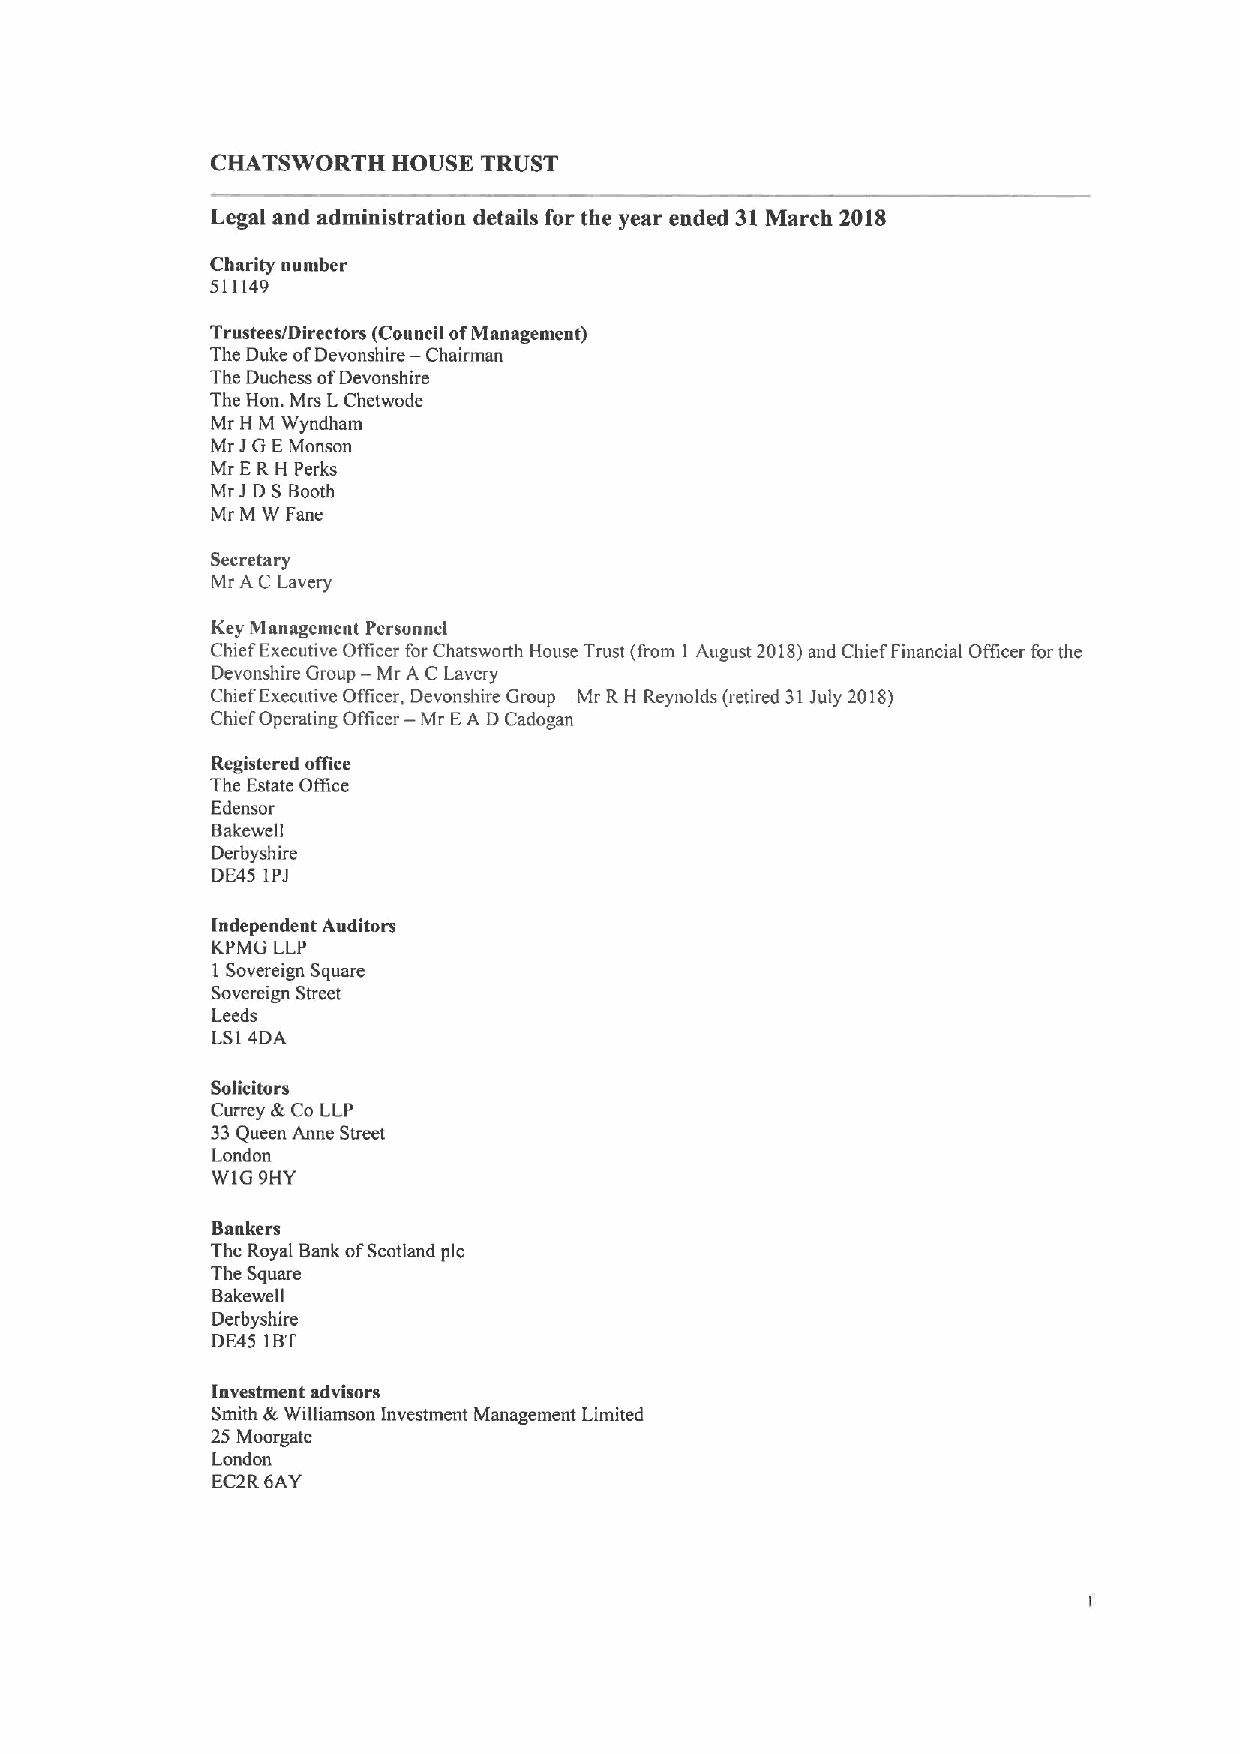
CHATSWORTH  HOUSE TRUST
 Legal and administration details for the year ended 31March 2018
 Charity number
 511149
 Trustees/Directors (Council ofManagement)
 The Duke ofDevonshire — Chairman
 The Duchess ofDevonshire
 The Hon. Mrs LChetwode
 Mr H M Wyndham
 Mr JGEMonson
 Mr ERH Perks
 Mr J D SBooth
 Mr M W Fane
 Secretary
 Mr A C Lavery
 Key Management Personnel
 Chief Executive Officer for Chatsworth House Trust (from 1 August 2018)and Chief Financial Officer for the
 —
 Devonshire Group Mr A C Lavery
 —
 Chief Executive Officer, Devonshire Group Mr RH Reynolds (retired 31July 2018)
 Chief Operating Officer — Mr EA DCadogan
 Registered office
 The Estate Otfice
 Edensor
 Bakewell
 Derbyshire
 DE45 IPJ
 Independent Auditors
 KPM(i LLP
 1 Sovereign Square
 Sovereign Street
 Leeds
 LSI 4DA
 Solicitors
 Currey &Co LLP
 33Queen Anne Street
 London
 WIG 9HY
 Bankers
 The Royal Bank ofScotland pic
 The Square
 Bakewell
 Derbyshire
 DE45 IBT
 Investment advisors
 Smith &Williamson Investment Management Limited
 25 Moorgate
 London
 EC2R6AY